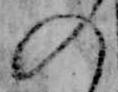
の